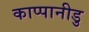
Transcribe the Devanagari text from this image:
काप्पानीडु